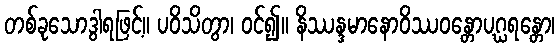
တစ်ခုသောဒွါရဖြင့်။ ပဝိသိတွာ၊ ဝင်၍။ နိဿန္ဒမာနောဝိဿဝန္တောပဂ္ဃရန္တော၊